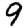
Digit: 9